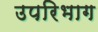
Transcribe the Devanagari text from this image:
उपरिभाग